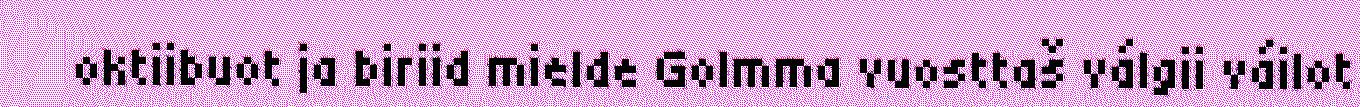
oktiibuot ja biriid mielde Golmma vuosttaš válgii váilot